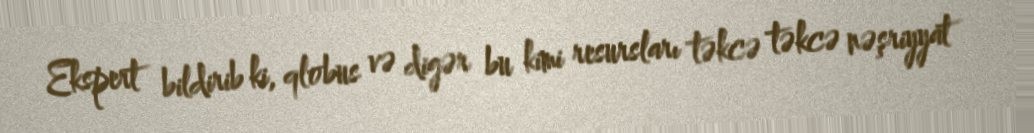
Ekspert bildirib ki, qlobus və digər bu kimi resursları təkcə təkcə nəşriyyat